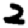
Digit: 2